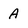
Character: A